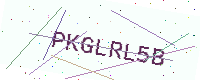
Text: PKGLRL5B